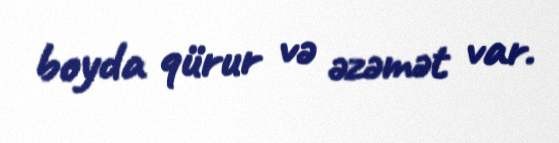
boyda qürur və əzəmət var.